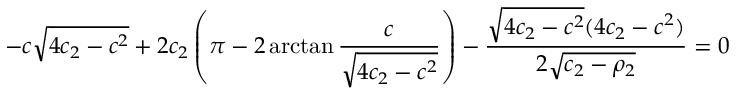
- c \sqrt { 4 c _ { 2 } - c ^ { 2 } } + 2 c _ { 2 } \left( \pi - 2 \arctan \frac { c } { \sqrt { 4 c _ { 2 } - c ^ { 2 } } } \right) - \frac { \sqrt { 4 c _ { 2 } - c ^ { 2 } } ( 4 c _ { 2 } - c ^ { 2 } ) } { 2 \sqrt { c _ { 2 } - \rho _ { 2 } } } = 0